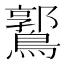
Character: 𪅪